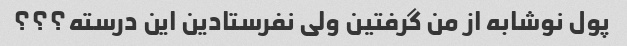
پول نوشابه از من گرفتین ولی نفرستادین این درسته؟؟؟